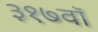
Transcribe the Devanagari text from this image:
३१७वॉ